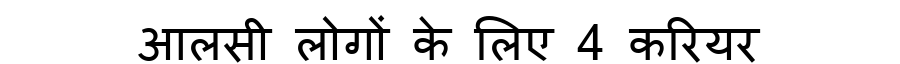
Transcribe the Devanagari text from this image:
आलसी लोगों के लिए 4 करियर